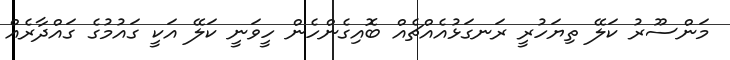
މަންސޫރު ކަލޭ ތިޔަހުރީ ރަނގަޅުއެއްޗެއް ބޮއިގެންހެން ހީވަނީ ކަލޭ އަކީ ގައުމުގެ ގައްދާރެއް